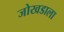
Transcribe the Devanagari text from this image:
जोखडाला